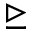
\trianglerighteq